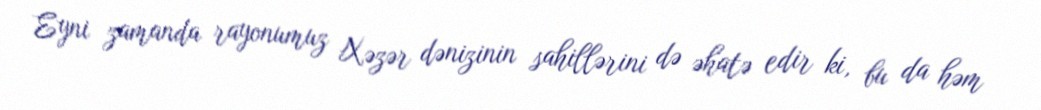
Eyni zamanda rayonumuz Xəzər dənizinin sahillərini də əhatə edir ki, bu da həm